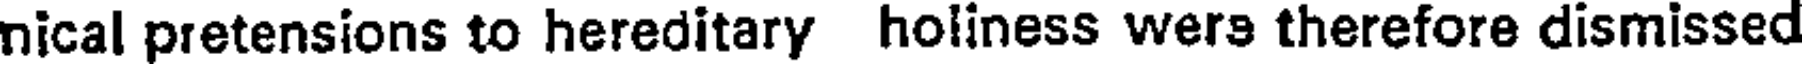
nical pretensions to hereditary holiness wers therefore dismissed